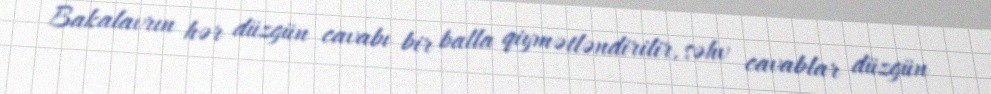
Bakalavrın hər düzgün cavabı bir balla qiymətləndirilir, səhv cavablar düzgün